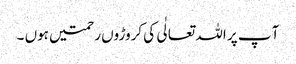
آ پ پر اللہ تعالٰی کی کروڑوں رحمتیں ہوں ۔